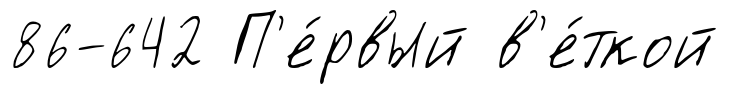
86-642 П'е́рвый в'е́ткой